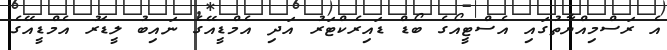
އެ ރަސްމިއްޔާތުގައި އެސްޓީއޯގެ ބޯޑް ޑައިރެކްޓަރު އަދި އެމްޑީއޭގެ ނައިބު ލީޑަރު އެމްޑީއޭގެ